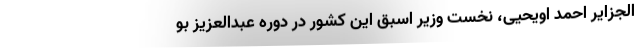
الجزایر احمد اویحیی، نخست وزیر اسبق این کشور در دوره عبدالعزیز بو